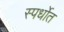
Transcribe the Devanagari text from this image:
स्पर्धाेत